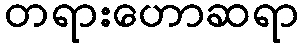
တရားဟောဆရာ